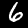
Digit: 6